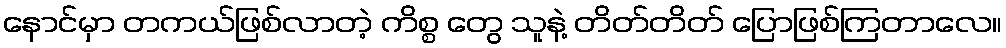
နောင်မှာ တကယ်ဖြစ်လာတဲ့ ကိစ္စ တွေ သူနဲ့ တိတ်တိတ် ပြောဖြစ်ကြတာလေ။